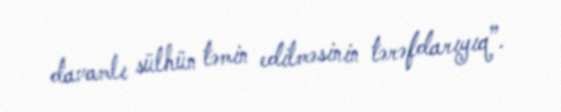
davamlı sülhün təmin edilməsinin tərəfdarıyıq”.